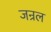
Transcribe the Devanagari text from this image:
जन्रल